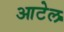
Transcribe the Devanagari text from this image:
आटेल